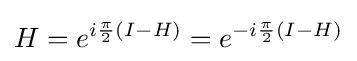
H=e^{i{\frac {\pi }{2}}(I-H)}=e^{-i{\frac {\pi }{2}}(I-H)}